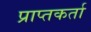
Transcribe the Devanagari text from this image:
प्राप्‍तकर्ता